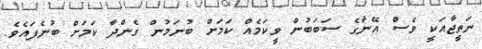
ނަތީޖާއަކީ ވެސް އޭނާގެ ސަބަބުން ވީކަމެއް ކަމަށް ބުނަމުން ގެންދާ ކަމަށް ބުނެފައެވެ.